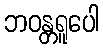
ဘဝန္တရူပေါ